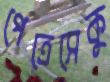
পেত্রেসেকু